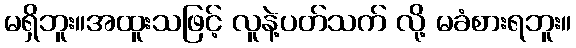
မရှိဘူး။အထူးသဖြင့် လူနဲ့ပတ်သက် လို့ မခံစားရဘူး။